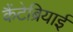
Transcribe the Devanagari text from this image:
कैंटेब्रियाई